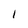
Character: I